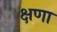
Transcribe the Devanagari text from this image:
क्षणा